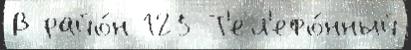
В райо́н 125 Т'ел'ефо́нный